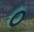
૦